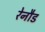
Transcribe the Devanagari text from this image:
रेनौड